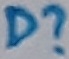
Text: D?